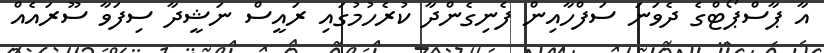
އާ ޕާސްޕޯޓްގެ ދެވަނަ ސަފްހާއިން ފެނިގެންދާ ކުރެހުމުގައި ރައީސް ނަޝީދާ ސިފަވާ ސޫރައެއް